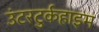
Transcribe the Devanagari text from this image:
उंटरटुर्कहाइम